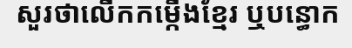
សួរថាលើកកម្កើងខ្មែរ ឬបន្ធោក